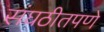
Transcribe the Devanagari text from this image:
संघठीतपणे